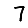
Digit: 7